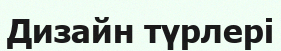
Дизайн түрлері